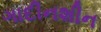
ગાદીનશીન